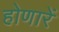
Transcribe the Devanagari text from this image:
होणारें